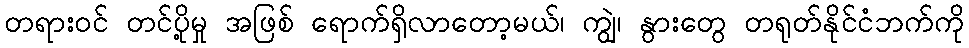
တရားဝင် တင်ပို့မှု အဖြစ် ရောက်ရှိလာတော့မယ်၊ ကျွဲ၊ နွားတွေ တရုတ်နိုင်ငံဘက်ကို